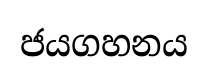
ජයගහනය